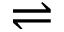
\rightleftharpoons